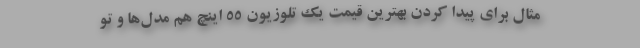
مثال برای پیدا کردن بهترین قیمت یک تلوزیون ۵۵ اینچ هم مدل‌ها و تو